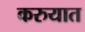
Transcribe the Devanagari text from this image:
करुयात